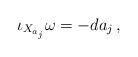
LaTeX: \begin{align*} \iota_{X_{a_j}}\omega=-da_j\,,\end{align*}